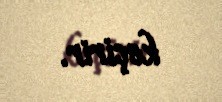
keçirir.